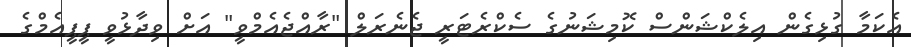
އެކަމާ ގުޅިގެން އިލެކްޝަންސް ކޮމިޝަނުގެ ސެކްރެޓަރީ ޖެނެރަލް "ރާއްޖެއެމްވީ" އަށް ވިދާޅުވީ ޕީޕީއެމްގެ